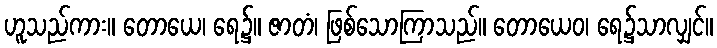
ဟူသည်ကား။ တောယေ၊ ရေ၌။ ဇာတံ၊ ဖြစ်သောကြာသည်။ တောယေဝ၊ ရေ၌သာလျှင်။